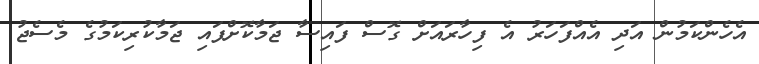
އެހެންކަމުން އަދި އެއްފަހަރު އެ ފިހާރައަށް ގޮސް ފައިސާ ޖަމާކޮށްފައި ޖަމާކުރިކަމުގެ މެސެޖު